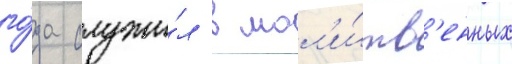
го́да служи́л в мол'и́тв'енных